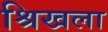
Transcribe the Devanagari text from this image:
श्रिखला